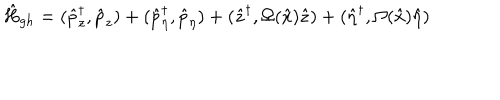
LaTeX: \hat { H } _ { g h } = ( \hat { p } _ { z } ^ { \dagger } , \hat { p } _ { z } ) + ( \hat { p } _ { \eta } ^ { \dagger } , \hat { p } _ { \eta } ) + ( \hat { z } ^ { \dagger } , \Omega ( \hat { x } ) \hat { z } ) + ( \hat { \eta } ^ { \dagger } , \Omega ( \hat { x } ) \hat { \eta } )